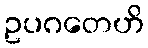
ဥပဂတေဟိ